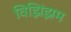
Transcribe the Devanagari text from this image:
विझिंझम